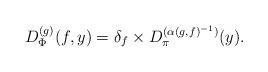
LaTeX: \begin{align*}D_{\Phi}^{(g)}(f,y) = \delta_{f} \times D_{\pi}^{(\alpha(g,f)^{-1})}(y).\end{align*}